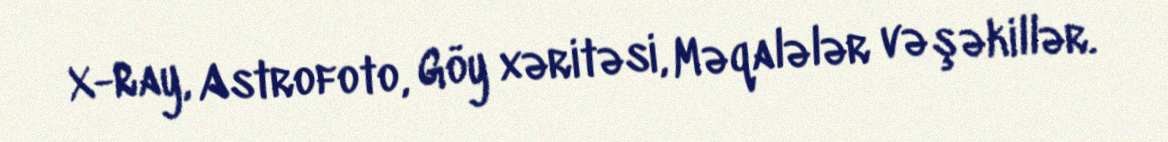
X-Ray, Astrofoto, Göy xəritəsi, Məqalələr və şəkillər.